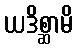
ယဒိစ္ဆာမိ